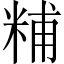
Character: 䊇